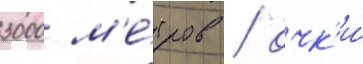
3000 м'е́тров / очк'и́